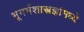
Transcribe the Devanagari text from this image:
भूगर्भशास्त्रज्ञांमध्ये